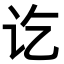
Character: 讫